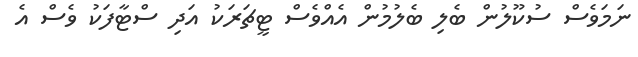
ނަމަވެސް ސުކޫލުން ބެލި ބެލުމުން އެއްވެސް ޓީޗަރަކު އަދި ސްޓާފަކު ވެސް އެ